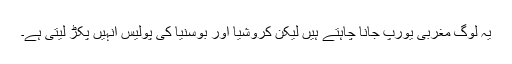
یہ لوگ مغربی یورپ جانا چاہتے ہیں لیکن کروشیا اور بوسنیا کی پولیس انہیں پکڑ لیتی ہے۔